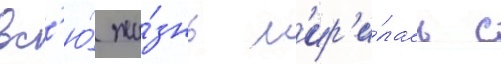
вс'ю́ жи́знь м'ир'и́лась с